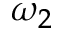
\omega _ { 2 }